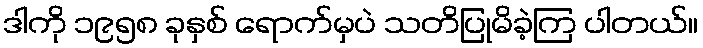
ဒါကို ၁၉၅၈ ခုနှစ် ရောက်မှပဲ သတိပြုမိခဲ့ကြ ပါတယ်။